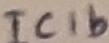
Text: IC1b